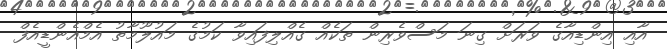
އާއި އިންޑިއާގެ ވަރަށް ގިނަ މަސްވެރިން ތަކެއް ގެއްލިފައިވާ ކަމުގެ މައުލޫމާތު އެމްއެންޑީއެފް